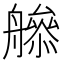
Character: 𦪜